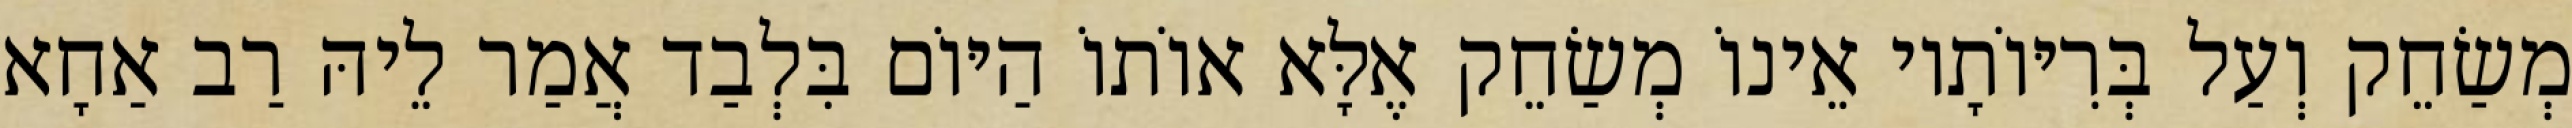
מְשַׂחֵק וְעַל בְּרִיּוֹתָיו אֵינוֹ מְשַׂחֵק אֶלָּא אוֹתוֹ הַיּוֹם בִּלְבַד אֲמַר לֵיהּ רַב אַחָא